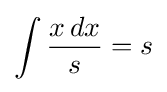
\int {\frac {x\,dx}{s}}=s